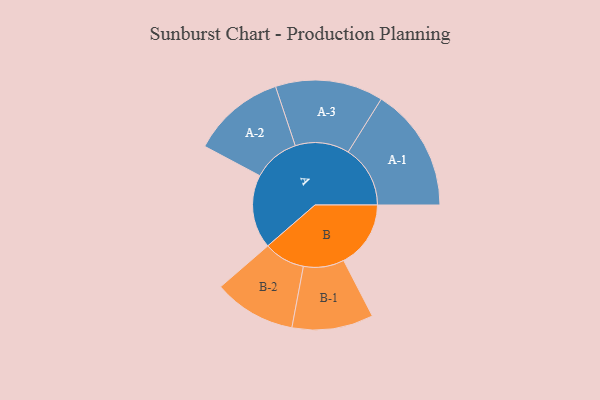
{"axis": {"x": "Segment", "y": "Value"}, "legend": ["", "A", "B"], "data": [{"x": "A", "y": 310, "type": ""}, {"x": "B", "y": 282, "type": ""}, {"x": "A-1", "y": 261, "type": "A"}, {"x": "A-2", "y": 196, "type": "A"}, {"x": "A-3", "y": 227, "type": "A"}, {"x": "B-1", "y": 171, "type": "B"}, {"x": "B-2", "y": 173, "type": "B"}]}